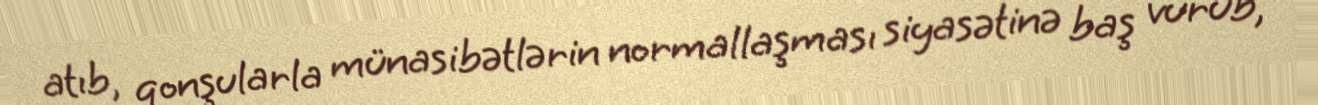
atıb, qonşularla münasibətlərin normallaşması siyasətinə baş vurub,